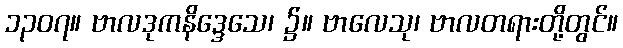
၁၃၀၇။ ဗာလဒုကနိဒ္ဒေသေ၊ ၌။ ဗာလေသု၊ ဗာလတရားတို့တွင်။